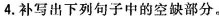
4.补写出下列句子中的空缺部分。